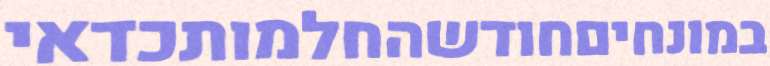
במונחיםחודשהחלמותכדאי